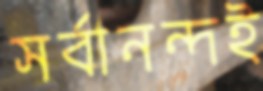
সর্বানন্দই